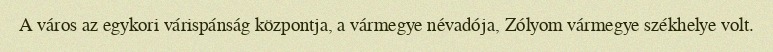
A város az egykori várispánság központja, a vármegye névadója, Zólyom vármegye székhelye volt.